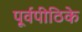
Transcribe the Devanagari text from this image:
पूर्वपीठिके